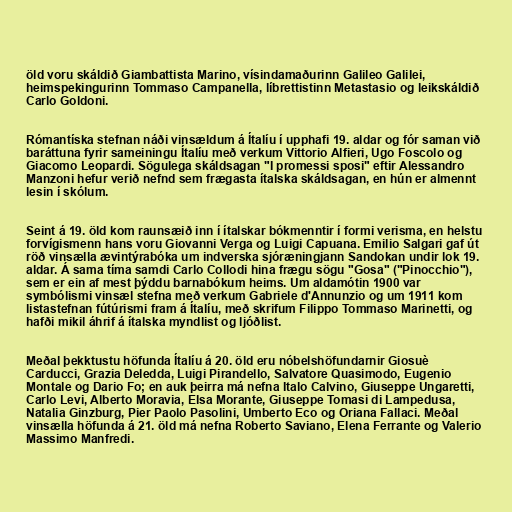
öld voru skáldið Giambattista Marino, vísindamaðurinn Galileo Galilei,
heimspekingurinn Tommaso Campanella, líbrettistinn Metastasio og leikskáldið
Carlo Goldoni.

Rómantíska stefnan náði vinsældum á Ítalíu í upphafi 19. aldar og fór saman við
baráttuna fyrir sameiningu Ítalíu með verkum Vittorio Alfieri, Ugo Foscolo og
Giacomo Leopardi. Sögulega skáldsagan "I promessi sposi" eftir Alessandro
Manzoni hefur verið nefnd sem frægasta ítalska skáldsagan, en hún er almennt
lesin í skólum.

Seint á 19. öld kom raunsæið inn í ítalskar bókmenntir í formi verisma, en helstu
forvígismenn hans voru Giovanni Verga og Luigi Capuana. Emilio Salgari gaf út
röð vinsælla ævintýrabóka um indverska sjóræningjann Sandokan undir lok 19.
aldar. Á sama tíma samdi Carlo Collodi hina frægu sögu "Gosa" ("Pinocchio"),
sem er ein af mest þýddu barnabókum heims. Um aldamótin 1900 var
symbólismi vinsæl stefna með verkum Gabriele d'Annunzio og um 1911 kom
listastefnan fútúrismi fram á Ítalíu, með skrifum Filippo Tommaso Marinetti, og
hafði mikil áhrif á ítalska myndlist og ljóðlist.

Meðal þekktustu höfunda Ítalíu á 20. öld eru nóbelshöfundarnir Giosuè
Carducci, Grazia Deledda, Luigi Pirandello, Salvatore Quasimodo, Eugenio
Montale og Dario Fo; en auk þeirra má nefna Italo Calvino, Giuseppe Ungaretti,
Carlo Levi, Alberto Moravia, Elsa Morante, Giuseppe Tomasi di Lampedusa,
Natalia Ginzburg, Pier Paolo Pasolini, Umberto Eco og Oriana Fallaci. Meðal
vinsælla höfunda á 21. öld má nefna Roberto Saviano, Elena Ferrante og Valerio
Massimo Manfredi.